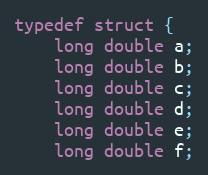
Language: C++
typedef struct {
    long double a;
    long double b;
    long double c;
    long double d;
    long double e;
    long double f;